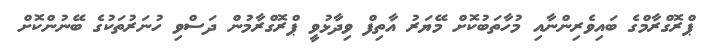
ޕްރޮގްރާމްގެ ބައިވެރިންނާއި މުހާތަބުކޮށް މޭޔަރު އާތިފް ވިދާޅުވީ ޕްރޮގްރާމުން ދަސްވި ހުނަރުތަކުގެ ބޭނުންކޮށް